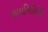
લાયબિલિટી